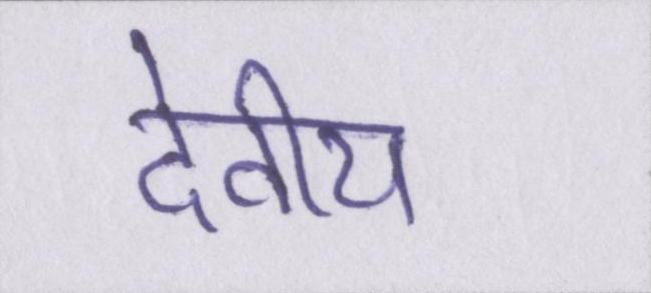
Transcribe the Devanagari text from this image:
देवीय